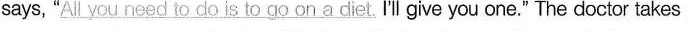
says, "\underline{All you need to do is to go on a diet. }I'll give you one." The doctor takes